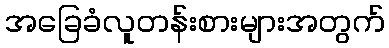
အခြေခံလူတန်းစားများအတွက်